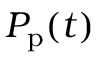
P _ { \mathrm { p } } ( t )